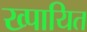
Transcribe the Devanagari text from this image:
ख्पायित